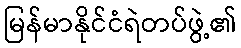
မြန်မာနိုင်ငံရဲတပ်ဖွဲ့၏